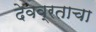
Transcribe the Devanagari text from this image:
देवव्रताचा